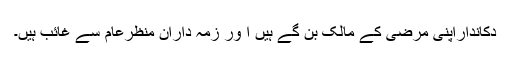
دکانداراپنی مرضی کے مالک بن گےٗ ہیں ا ور زمہ داران منظرعام سے غائب ہیں۔